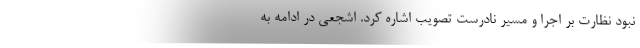
نبود نظارت بر اجرا و مسیر نادرست تصویب اشاره کرد. اشجعی در ادامه به